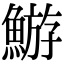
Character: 𩹊